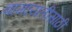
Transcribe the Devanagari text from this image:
बागायतीसाठी